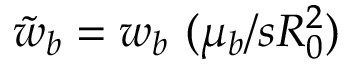
\tilde { w } _ { b } = w _ { b } \ ( \mu _ { b } / s R _ { 0 } ^ { 2 } )